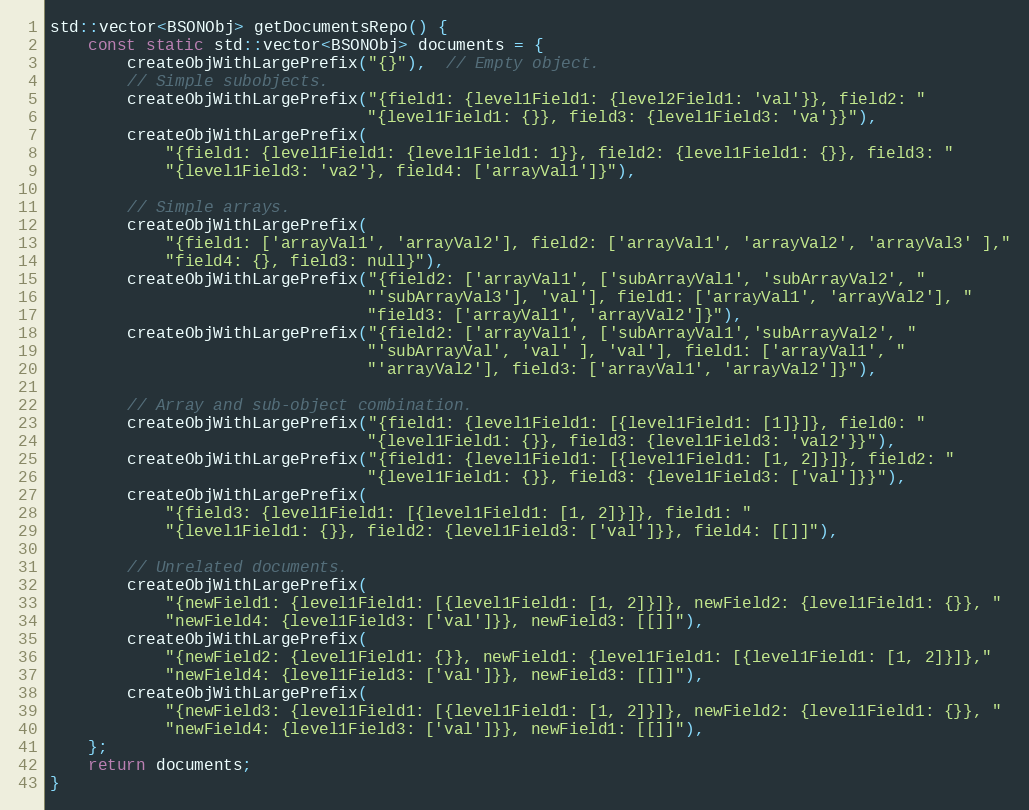
Language: C++
std::vector<BSONObj> getDocumentsRepo() {
    const static std::vector<BSONObj> documents = {
        createObjWithLargePrefix("{}"),  // Empty object.
        // Simple subobjects.
        createObjWithLargePrefix("{field1: {level1Field1: {level2Field1: 'val'}}, field2: "
                                 "{level1Field1: {}}, field3: {level1Field3: 'va'}}"),
        createObjWithLargePrefix(
            "{field1: {level1Field1: {level1Field1: 1}}, field2: {level1Field1: {}}, field3: "
            "{level1Field3: 'va2'}, field4: ['arrayVal1']}"),

        // Simple arrays.
        createObjWithLargePrefix(
            "{field1: ['arrayVal1', 'arrayVal2'], field2: ['arrayVal1', 'arrayVal2', 'arrayVal3' ],"
            "field4: {}, field3: null}"),
        createObjWithLargePrefix("{field2: ['arrayVal1', ['subArrayVal1', 'subArrayVal2', "
                                 "'subArrayVal3'], 'val'], field1: ['arrayVal1', 'arrayVal2'], "
                                 "field3: ['arrayVal1', 'arrayVal2']}"),
        createObjWithLargePrefix("{field2: ['arrayVal1', ['subArrayVal1','subArrayVal2', "
                                 "'subArrayVal', 'val' ], 'val'], field1: ['arrayVal1', "
                                 "'arrayVal2'], field3: ['arrayVal1', 'arrayVal2']}"),

        // Array and sub-object combination.
        createObjWithLargePrefix("{field1: {level1Field1: [{level1Field1: [1]}]}, field0: "
                                 "{level1Field1: {}}, field3: {level1Field3: 'val2'}}"),
        createObjWithLargePrefix("{field1: {level1Field1: [{level1Field1: [1, 2]}]}, field2: "
                                 "{level1Field1: {}}, field3: {level1Field3: ['val']}}"),
        createObjWithLargePrefix(
            "{field3: {level1Field1: [{level1Field1: [1, 2]}]}, field1: "
            "{level1Field1: {}}, field2: {level1Field3: ['val']}}, field4: [[]]"),

        // Unrelated documents.
        createObjWithLargePrefix(
            "{newField1: {level1Field1: [{level1Field1: [1, 2]}]}, newField2: {level1Field1: {}}, "
            "newField4: {level1Field3: ['val']}}, newField3: [[]]"),
        createObjWithLargePrefix(
            "{newField2: {level1Field1: {}}, newField1: {level1Field1: [{level1Field1: [1, 2]}]},"
            "newField4: {level1Field3: ['val']}}, newField3: [[]]"),
        createObjWithLargePrefix(
            "{newField3: {level1Field1: [{level1Field1: [1, 2]}]}, newField2: {level1Field1: {}}, "
            "newField4: {level1Field3: ['val']}}, newField1: [[]]"),
    };
    return documents;
}